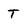
Character: T